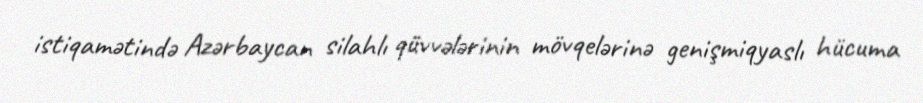
istiqamətində Azərbaycan silahlı qüvvələrinin mövqelərinə genişmiqyaslı hücuma